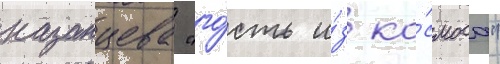
казанцева "го́сть и́з ко́смоса"